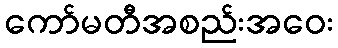
ကော်မတီအစည်းအဝေး